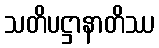
သတိပဋ္ဌာနာတိဿ